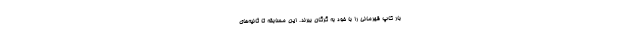
بار کاپ قهرمانی را با خود به گرگان ببرند. این مسابقه تا ثانیه‌های